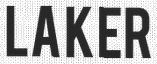
LAKER